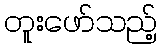
တူးဖော်သည့်